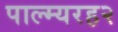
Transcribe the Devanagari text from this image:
पाल्म्यरह२